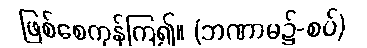
ဖြစ်စေကုန်ကြ၍။ (ဘဏာမ၌-စပ်)